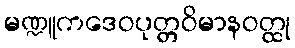
မဏ္ဍူကဒေဝပုတ္တဝိမာနဝတ္ထု